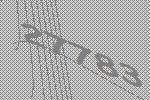
27783